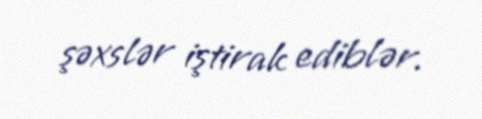
şəxslər iştirak ediblər.